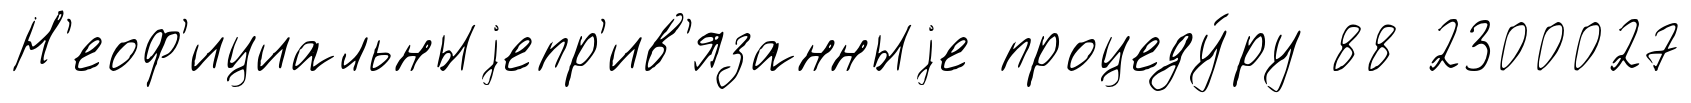
Н'еоф'ициальныjепр'ив'язанныjе процеду́ру 88 2300027